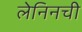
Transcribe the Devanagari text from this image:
लेनिनची